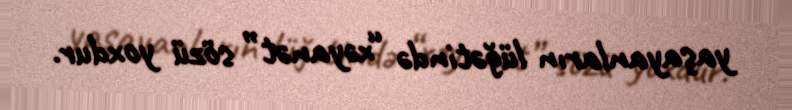
yaşayanların lüğətində “xəyanət” sözü yoxdur.